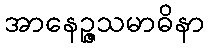
အာနေဉ္ဇသမာဓိနာ